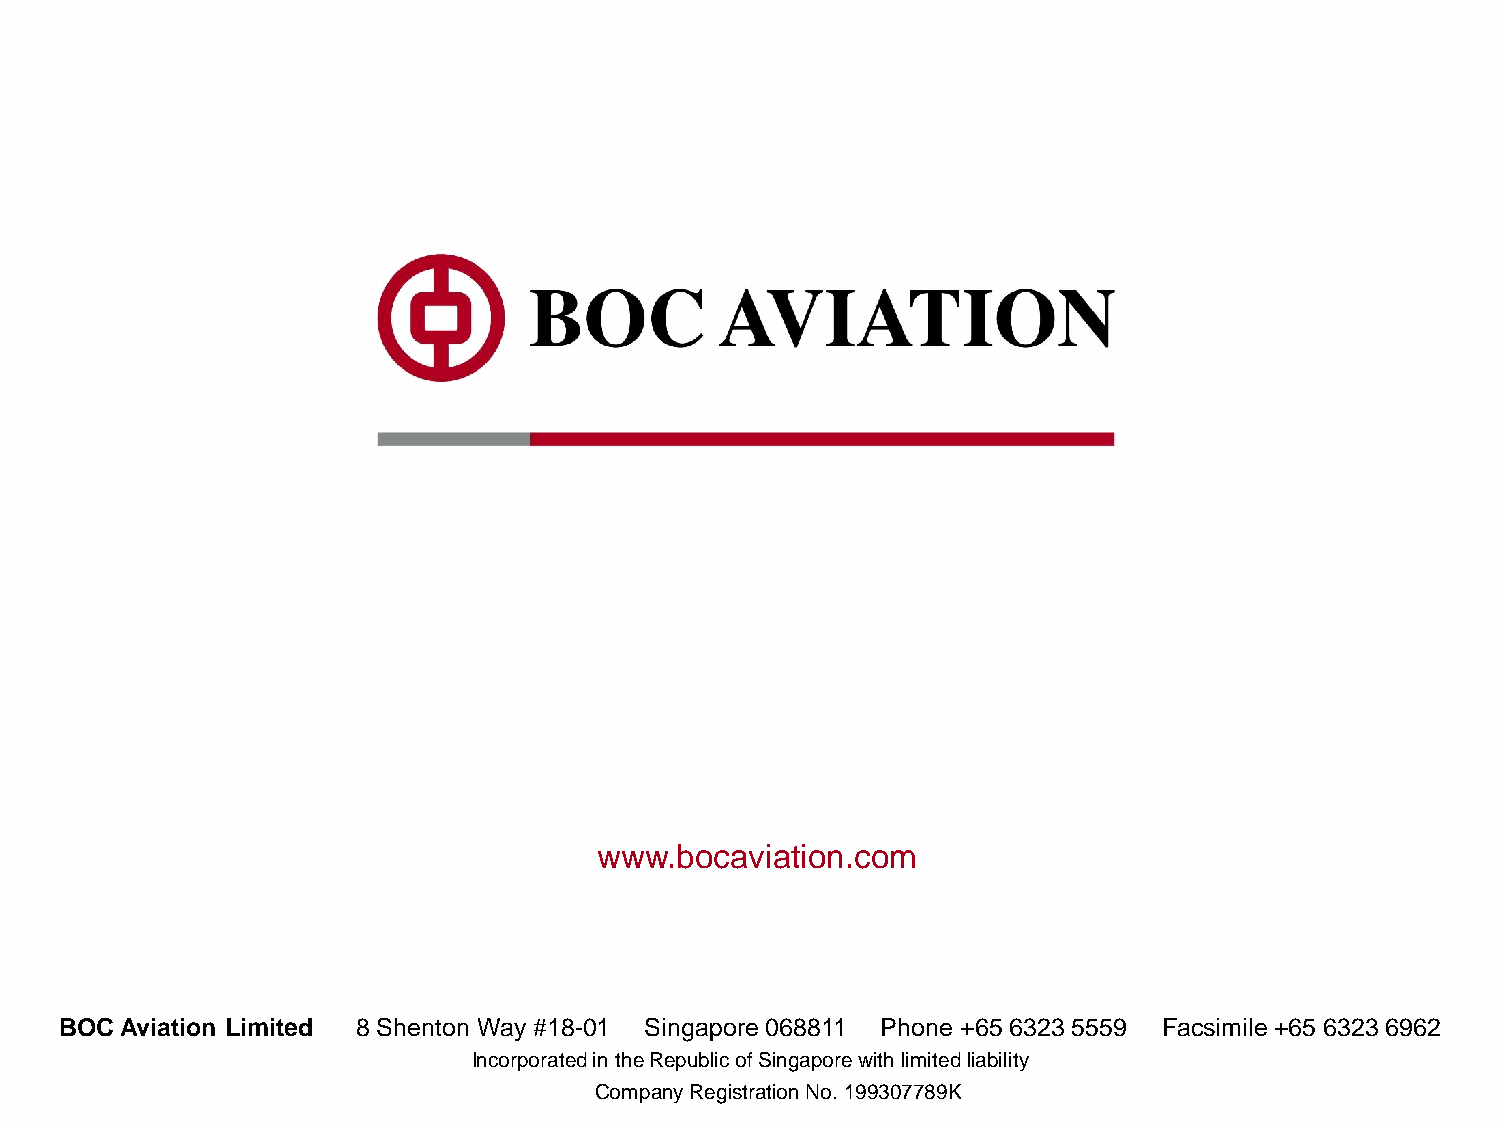
www.bocaviation.com
 BOC Aviation Limited 8 Shenton Way #18-01 Singapore 068811 Phone +65 6323 5559 Facsimile +65 6323 6962
 Incorporated in the Republic of Singapore with limited liability
 Company Registration No. 199307789K                   34